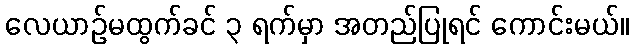
လေယာဉ်မထွက်ခင် ၃ ရက်မှာ အတည်ပြုရင် ကောင်းမယ်။